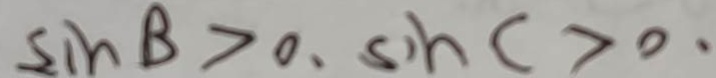
\sin B > 0 , \sin C > 0 ,